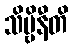
သိဗ္ဗိနီတိ